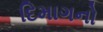
દિમાગનો